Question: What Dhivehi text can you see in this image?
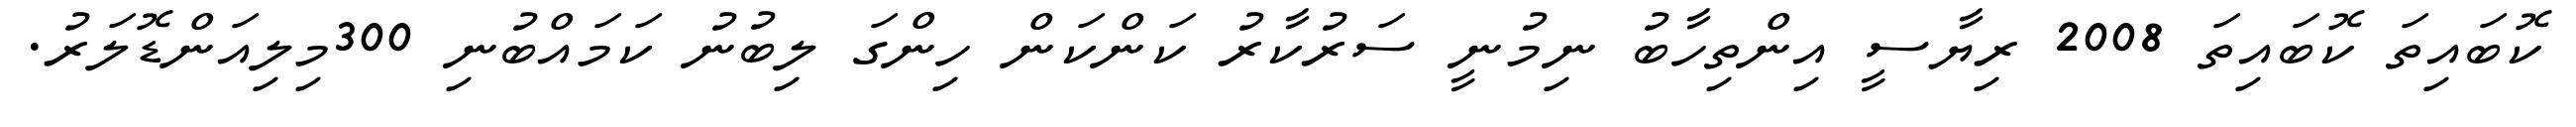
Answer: ކޮބައިތަ ކޮބައިތަ 2008 ރިޔާސީ އިންތިހާބު ނިމުނީ ސަރުކާރު ކަންކަން ހިންގަ ލިބުނު ކަމައްބުނި 300މިލިއަންޑޮލަރު.